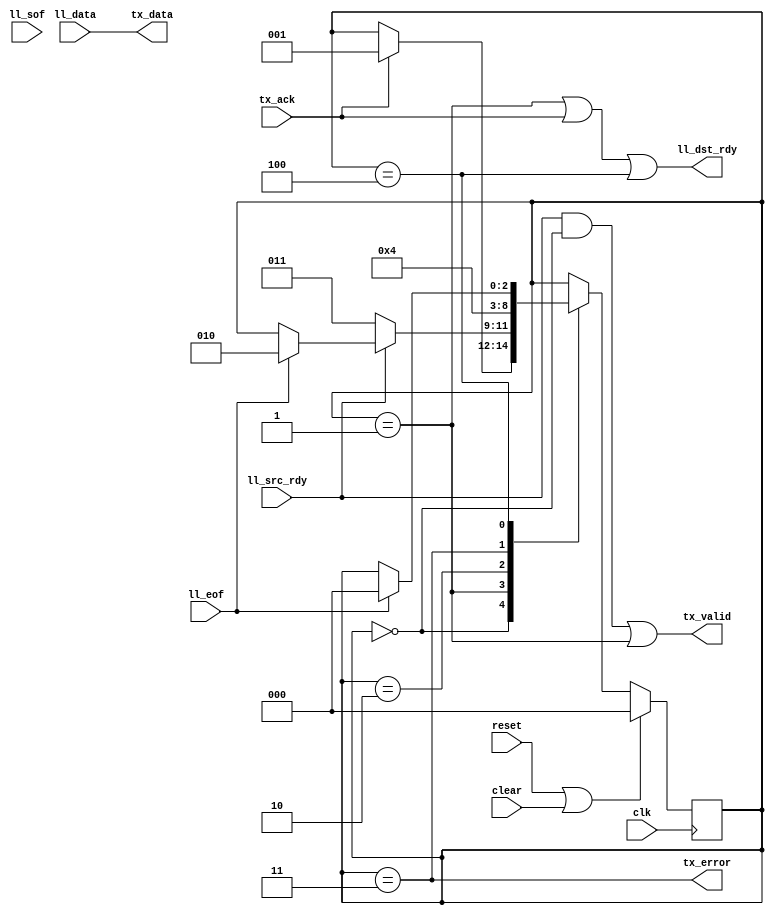
//
// Copyright 2011 Ettus Research LLC
//
// This program is free software: you can redistribute it and/or modify
// it under the terms of the GNU General Public License as published by
// the Free Software Foundation, either version 3 of the License, or
// (at your option) any later version.
//
// This program is distributed in the hope that it will be useful,
// but WITHOUT ANY WARRANTY; without even the implied warranty of
// MERCHANTABILITY or FITNESS FOR A PARTICULAR PURPOSE.  See the
// GNU General Public License for more details.
//
// You should have received a copy of the GNU General Public License
// along with this program.  If not, see <http://www.gnu.org/licenses/>.
//


module ll8_to_txmac
  (input clk, input reset, input clear,
   input [7:0] ll_data, input ll_sof, input ll_eof, input ll_src_rdy, output ll_dst_rdy,
   output [7:0] tx_data, output tx_valid, output tx_error, input tx_ack );

   reg [2:0] xfer_state;

   localparam XFER_IDLE      = 0;
   localparam XFER_ACTIVE    = 1;
   localparam XFER_WAIT1     = 2;
   localparam XFER_UNDERRUN  = 3;
   localparam XFER_DROP      = 4;
   
   always @(posedge clk)
     if(reset | clear)
       xfer_state 	    <= XFER_IDLE;
     else
       case(xfer_state)
	 XFER_IDLE :
	   if(tx_ack)
	     xfer_state <= XFER_ACTIVE;
	 XFER_ACTIVE :
	   if(~ll_src_rdy)
	     xfer_state <= XFER_UNDERRUN;
	   else if(ll_eof)
	     xfer_state <= XFER_WAIT1;
	 XFER_WAIT1 :
	   xfer_state <= XFER_IDLE;
	 XFER_UNDERRUN :
	   xfer_state <= XFER_DROP;
	 XFER_DROP :
	   if(ll_eof)
	     xfer_state <= XFER_IDLE;
       endcase // case (xfer_state)

   assign ll_dst_rdy 	 = (xfer_state == XFER_ACTIVE) | tx_ack | (xfer_state == XFER_DROP);
   assign tx_valid 	 = (ll_src_rdy & (xfer_state == XFER_IDLE))|(xfer_state == XFER_ACTIVE);
   assign tx_data 	 = ll_data;
   assign tx_error 	 = (xfer_state == XFER_UNDERRUN);
   
endmodule // ll8_to_txmac